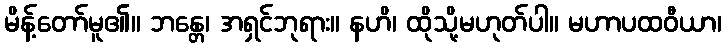
မိန့်တော်မူ၏။ ဘန္တေ၊ အရှင်ဘုရား။ နဟိ၊ ထိုသို့မဟုတ်ပါ။ မဟာပထဝီယာ၊